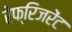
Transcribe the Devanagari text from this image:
रेफ्रिजरेंट